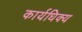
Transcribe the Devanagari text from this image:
कार्यधिक्य